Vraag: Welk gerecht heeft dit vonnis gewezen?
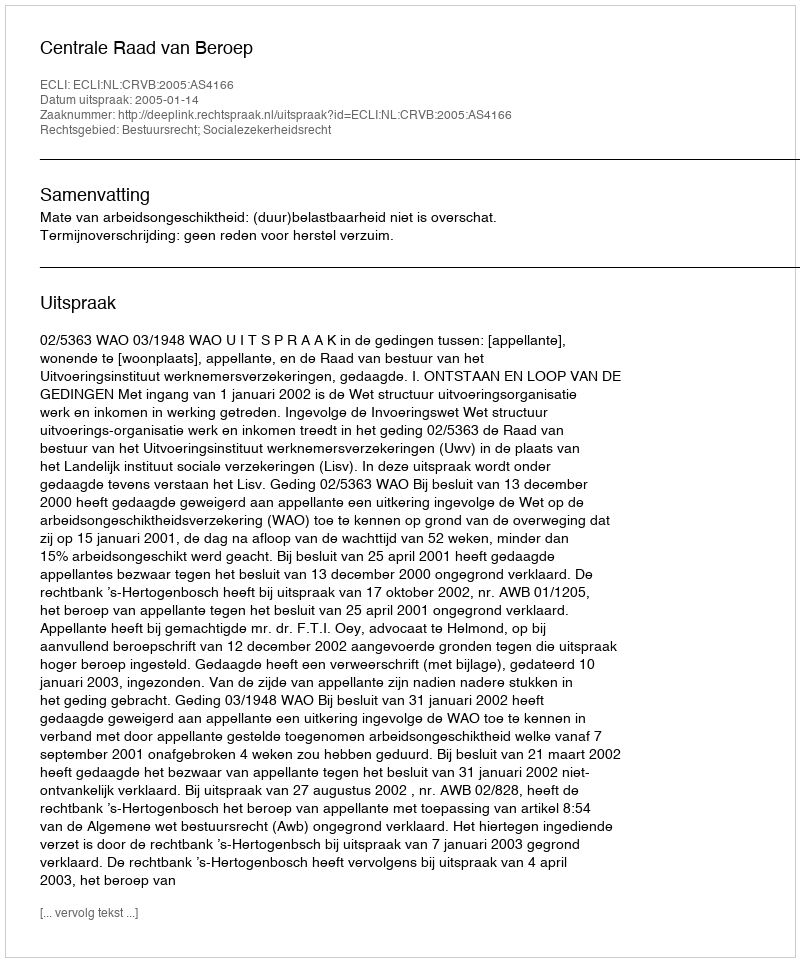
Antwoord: Centrale Raad van Beroep